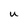
Character: U